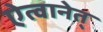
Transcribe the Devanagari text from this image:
ऐत्वानेत्